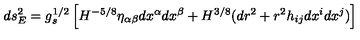
d s _ { E } ^ { 2 } = g _ { s } ^ { 1 / 2 } \left[ H ^ { - 5 / 8 } \eta _ { \alpha \beta } d x ^ { \alpha } d x ^ { \beta } + H ^ { 3 / 8 } ( d r ^ { 2 } + r ^ { 2 } h _ { i j } d x ^ { i } d x ^ { j } ) \right]